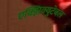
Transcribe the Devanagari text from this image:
एक्झिक्युटेबल